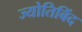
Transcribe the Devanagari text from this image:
ज्योतिबिंद